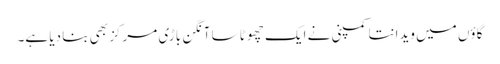
گاؤں میں ویدانتا کمپنی نے ایک چھوٹا سا آنگن باڑی مرکز بھی بنا دیا ہے۔